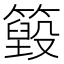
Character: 𥵓